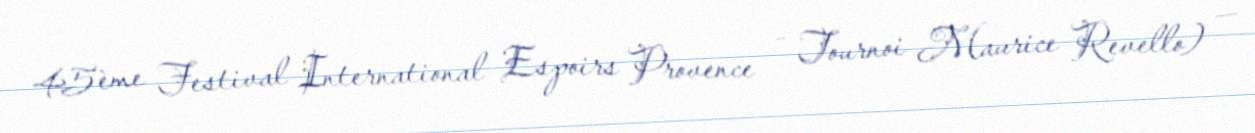
45ème Festival International Espoirs Provence – Tournoi Maurice Revello) —